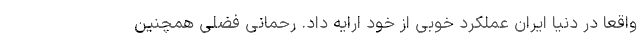
واقعا در دنیا ایران عملکرد خوبی از خود ارایه داد. رحمانی فضلی همچنین